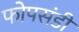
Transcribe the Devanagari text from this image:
फोपसंडी